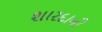
શારદાની